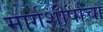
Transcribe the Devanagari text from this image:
मार्गशीर्षाचा